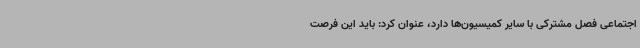
اجتماعی فصل مشترکی با سایر کمیسیون‌ها دارد، عنوان کرد: باید این فرصت